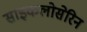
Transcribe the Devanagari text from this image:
साइकलोसेरिन